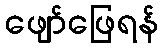
ဖျော်ဖြေရန်